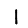
Digit: 1